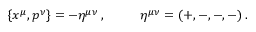
\{ x ^ { \mu } , p ^ { \nu } \} = - \eta ^ { \mu \nu } \, , ~ ~ ~ ~ ~ ~ ~ ~ \eta ^ { \mu \nu } = ( + , - , - , - ) \, .